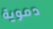
دموية